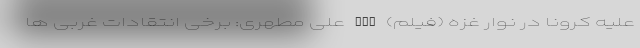
علیه کرونا در نوار غزه (فیلم) nan علی مطهری: برخی انتقادات غربی ها